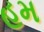
હમ